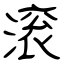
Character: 滚